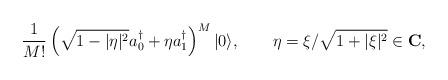
LaTeX: \begin{align*}{1\over{M!}}\left(\sqrt{1-|\eta|^2}a_0^\dagger +\eta a_1^\dagger\right)^M|0\rangle,\qquad \eta=\xi/\sqrt{1+|\xi|^2}\in \mathbf{C}, \end{align*}